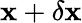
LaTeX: \mathbf{x}+\delta\mathbf{x}